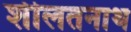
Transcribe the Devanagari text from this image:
शीलतनाथ